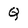
Character: Q